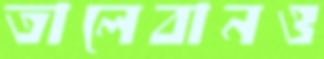
তালেবানও